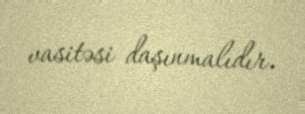
vasitəsi daşınmalıdır.